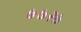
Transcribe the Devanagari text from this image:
७७२७